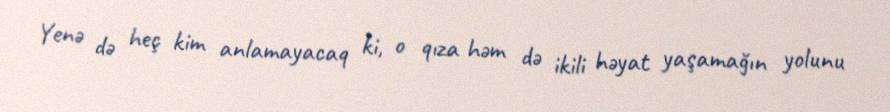
Yenə də heç kim anlamayacaq ki, o qıza həm də ikili həyat yaşamağın yolunu